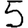
Digit: 5